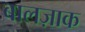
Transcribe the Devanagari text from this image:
बालज़ाक